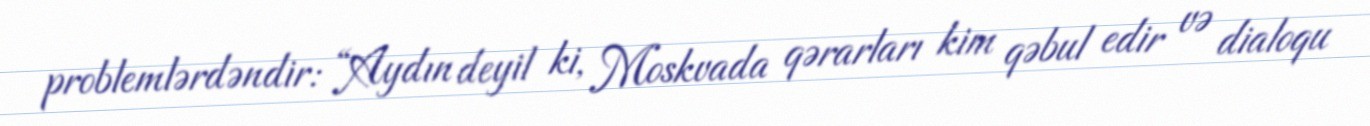
problemlərdəndir: “Aydın deyil ki, Moskvada qərarları kim qəbul edir və dialoqu